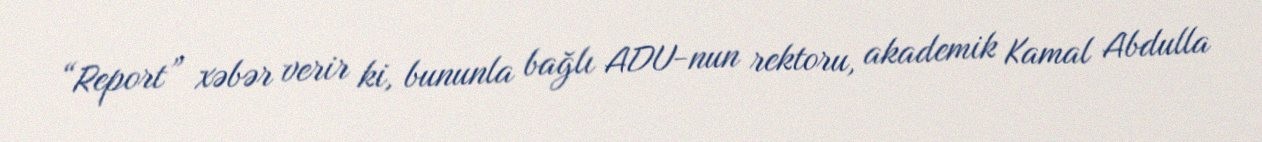
“Report” xəbər verir ki, bununla bağlı ADU-nun rektoru, akademik Kamal Abdulla